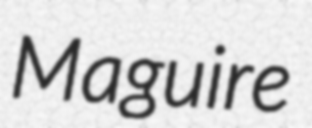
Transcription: Maguire